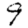
Digit: 9